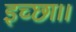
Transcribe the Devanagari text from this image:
इच्‍छा।।